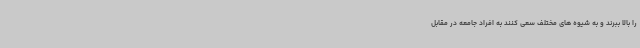
را بالا ببرند و به شیوه های مختلف سعی کنند به افراد جامعه در مقابل